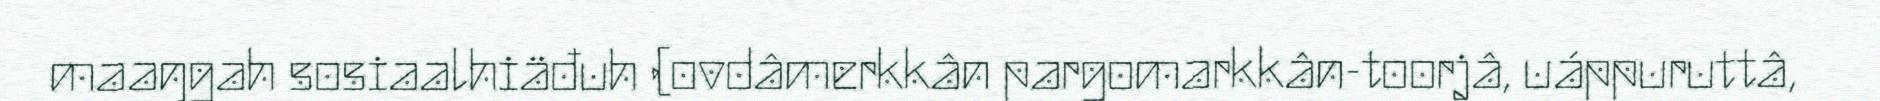
maaŋgah sosiaalhiäđuh (ovdâmerkkân pargomarkkân-toorjâ, uáppuruttâ,